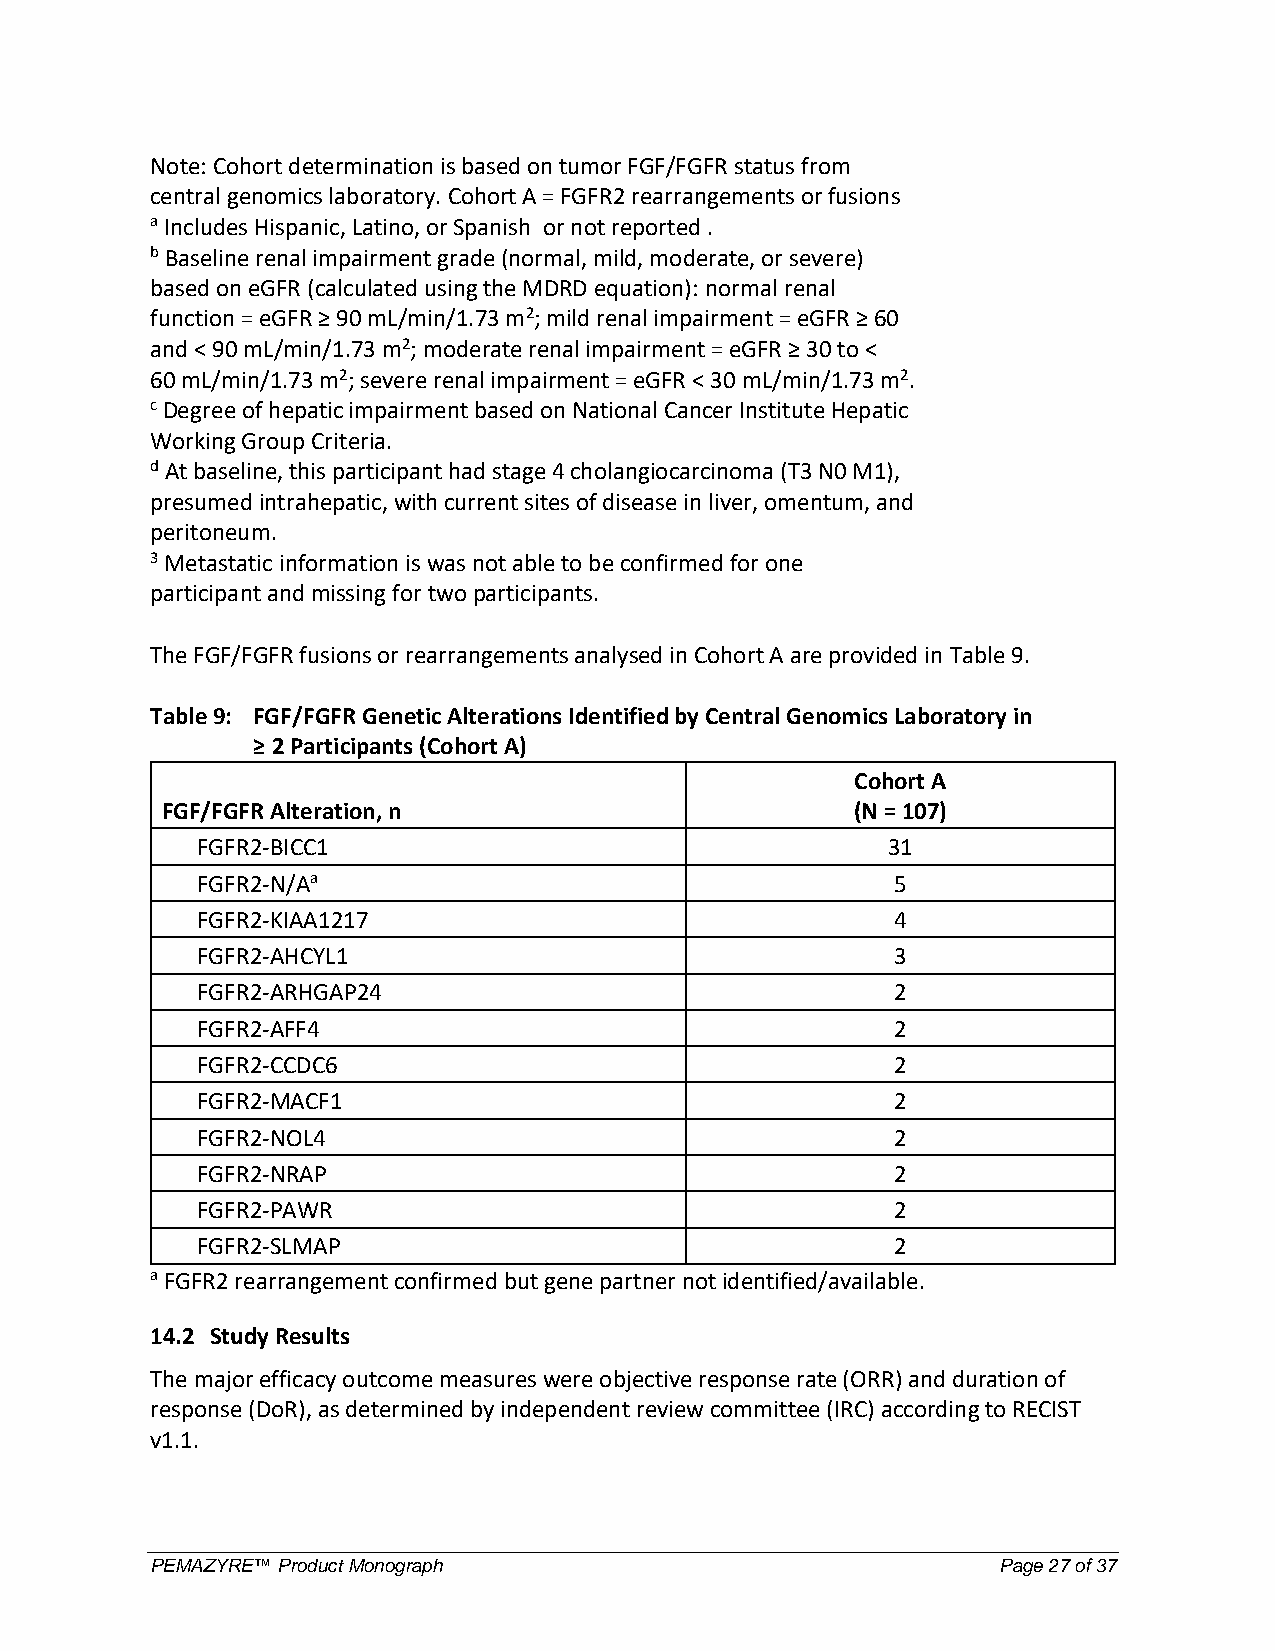
Note: Cohort determination is based on tumor FGF/FGFR status from
 central genomics laboratory. Cohort A = FGFR2 rearrangements or fusions
 a Includes Hispanic, Latino, or Spanish or not reported .
 b Baseline renal impairment grade (normal, mild, moderate, or severe)
 based on eGFR (calculated using the MDRD equation): normal renal
 function = eGFR ≥ 90 mL/min/1.73 m2; mild renal impairment = eGFR ≥ 60
 and < 90 mL/min/1.73 m2; moderate renal impairment = eGFR ≥ 30 to <
 60 mL/min/1.73 m2; severe renal impairment = eGFR < 30 mL/min/1.73 m2.
 c Degree of hepatic impairment based on National Cancer Institute Hepatic
 Working Group Criteria.
 d At baseline, this participant had stage 4 cholangiocarcinoma (T3 N0 M1),
 presumed intrahepatic, with current sites of disease in liver, omentum, and
 peritoneum.
 3 Metastatic information is was not able to be confirmed for one
 participant and missing for two participants.
 The FGF/FGFR fusions or rearrangements analysed in Cohort A are provided in Table 9.
 Table 9: FGF/FGFR Genetic Alterations Identified by Central Genomics Laboratory in
 ≥ 2 Participants (Cohort A)
 Cohort A
 FGF/FGFR Alteration, n                        (N = 107)
 FGFR2-BICC1                                   31
 FGFR2-N/Aa                                    5
 FGFR2-KIAA1217                                4
 FGFR2-AHCYL1                                  3
 FGFR2-ARHGAP24                                2
 FGFR2-AFF4                                    2
 FGFR2-CCDC6                                   2
 FGFR2-MACF1                                   2
 FGFR2-NOL4                                    2
 FGFR2-NRAP                                    2
 FGFR2-PAWR                                    2
 FGFR2-SLMAP                                   2
 a FGFR2 rearrangement confirmed but gene partner not identified/available.
 14.2 Study Results
 The major efficacy outcome measures were objective response rate (ORR) and duration of
 response (DoR), as determined by independent review committee (IRC) according to RECIST
 v1.1.
 PEMAZYRE™ Product Monograph                             Page 27 of 37